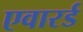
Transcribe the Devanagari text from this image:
एवारर्ड